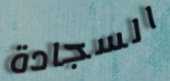
السجادة